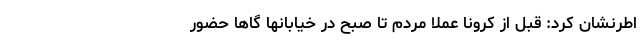
اطرنشان کرد: قبل از کرونا عملا مردم تا صبح در خیابانها گاها حضور